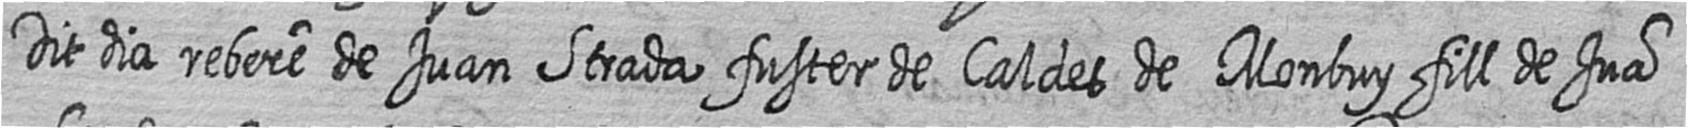
dit dia rebere de Juan Strada fuster de Caldes de Monbuy fill de Jua